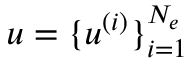
\boldsymbol { u } = \{ u ^ { ( i ) } \} _ { i = 1 } ^ { N _ { e } }